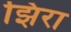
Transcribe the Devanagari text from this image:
झिरा